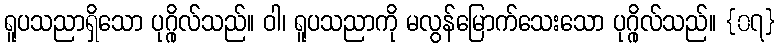
ရူပသညာရှိသော ပုဂ္ဂိုလ်သည်။ ဝါ၊ ရူပသညာကို မလွန်မြောက်သေးသော ပုဂ္ဂိုလ်သည်။ {၀၇}